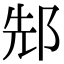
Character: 䢾